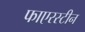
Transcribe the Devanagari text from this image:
फाएरस्टीन